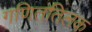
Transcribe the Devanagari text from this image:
गणिततिलक